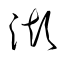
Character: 澎